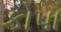
કોપા